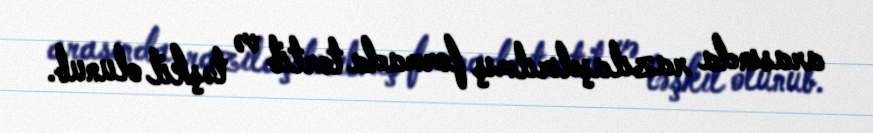
arasında razılaşdırılmış formada tərtib və təşkil olunub.